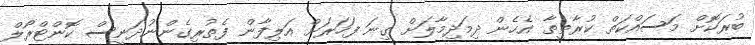
ބުރަކޮށް މަސައްކަތް ކުރާތީތާ އެހެން ދިމަދިމާލަށް ގިނަ ފަހަރަށް އަލިފާން ފެތުރިގެންނުދަނީސް ކޮންޓްރޯލް